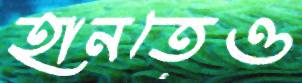
হানতেও